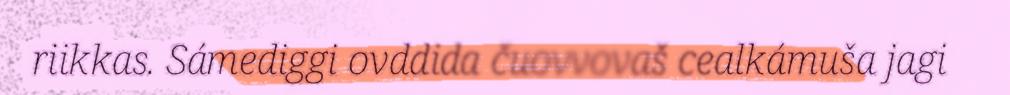
riikkas. Sámediggi ovddida čuovvovaš cealkámuša jagi